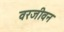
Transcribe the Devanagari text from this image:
वरजीवन